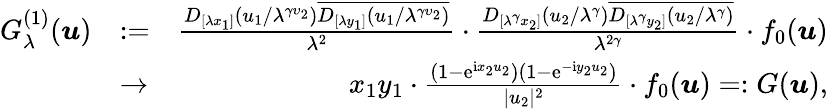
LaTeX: \begin{array}{rlr}{G_{\lambda}^{(1)}(\boldsymbol{u})}&{:=}&{\frac{D_{[\lambda x_{1}]}(u_{1}/\lambda^{\gamma\upsilon_{2}})\overline{{D_{[\lambda y_{1}]}(u_{1}/\lambda^{\gamma\upsilon_{2}})}}}{\lambda^{2}}\cdot\frac{D_{[\lambda^{\gamma}x_{2}]}(u_{2}/\lambda^{\gamma})\overline{{D_{[\lambda^{\gamma}y_{2}]}(u_{2}/\lambda^{\gamma})}}}{\lambda^{2\gamma}}\cdot f_{0}(\boldsymbol{u})}\\ &{\to}&{x_{1}y_{1}\cdot\frac{(1-\mathrm e^{\mathrm ix_{2}u_{2}})(1-\mathrm e^{-\mathrm iy_{2}u_{2}})}{|u_{2}|^{2}}\cdot f_{0}(\boldsymbol{u})=:G(\boldsymbol{u}),}\end{array}